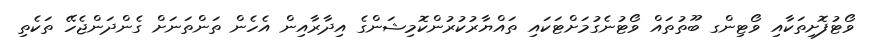
ވޯޓުފޮށިތަކާއި ވޯޓިންގ ބޫތުތައް ވޯޓުނެގުމަށްޓަކައި ތައްޔާރުކުރުންކޮމިޝަންގެ އިދާރާއިން އެހެން ތަންތަނަށް ގެންދަންޖެހޭ ތަކެތި